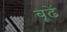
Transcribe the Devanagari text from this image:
बूढें